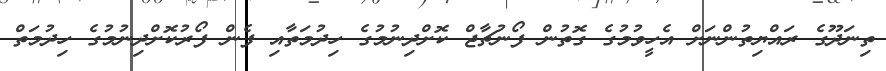
ތިނަދޫގެ ރައްޔިތުންނަށް އެހީވުމުގެ ގޮތުން ފޯނުޗާޖް ކޮށްދިނުމުގެ ހިދުމަތާއި ފެން ފޯރުކޮށްދިނުމުގެ ހިދުމަތް